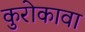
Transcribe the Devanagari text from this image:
कुरोकावा